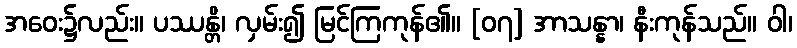
အဝေး၌လည်း။ ပဿန္တိ၊ လှမ်း၍ မြင်ကြကုန်၏။ [၀၇] အာသန္နာ၊ နီးကုန်သည်။ ဝါ၊